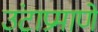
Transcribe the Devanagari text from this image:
उंटाप्रमाणे